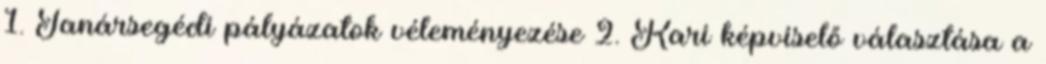
1. Tanársegédi pályázatok véleményezése 2. Kari képviselő választása a